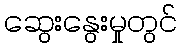
ဆွေးနွေးမှုတွင်